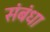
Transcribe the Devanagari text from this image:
संबंधा